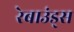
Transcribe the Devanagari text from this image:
रेबाउंड्स